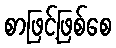
စာဖြင့်ဖြစ်စေ